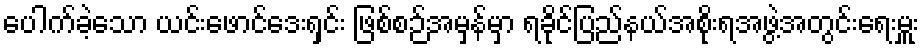
ပေါက်ခဲ့သော ယင်းဖောင်ဒေးရှင်း ဖြစ်စဉ်အမှန်မှာ ရခိုင်ပြည်နယ်အစိုးရအဖွဲ့အတွင်းရေးမှူး